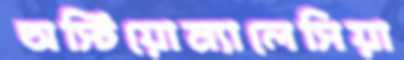
অস্টিয়োম্যালেসিয়া